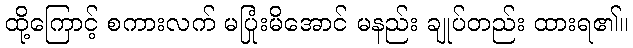
ထို့ကြောင့် စကားလက် မပြုံးမိအောင် မနည်း ချုပ်တည်း ထားရ၏။